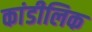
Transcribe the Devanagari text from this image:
कांडीलिक